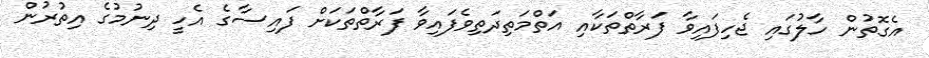
އެގޮތުން ހާލުގައި ޖެހިފައިވާ ފަރާތްތަކާއި އަތްމަތިދަތިވެފައިވާ ފަރާތްތަކަށް ފައިސާގެ އެހީ ދިނުމުގެ އިތުރުން